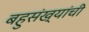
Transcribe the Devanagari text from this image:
बहुसंख्यांची